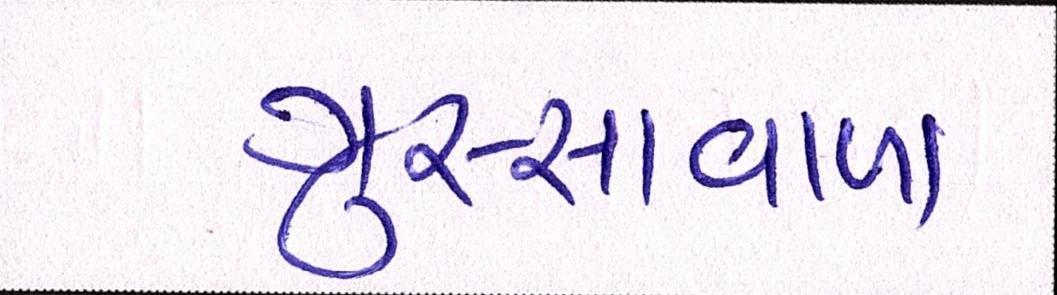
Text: ગુસ્સાવાળા